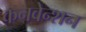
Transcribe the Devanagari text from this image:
कनवेन्शन